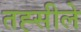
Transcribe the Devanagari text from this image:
तह्सीले